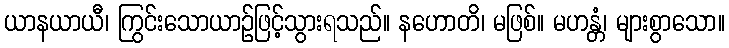
ယာနယာယီ၊ ကြွင်းသောယာဉ်ဖြင့်သွားရသည်။ နဟောတိ၊ မဖြစ်။ မဟန္တံ၊ များစွာသော။